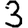
Digit: 3